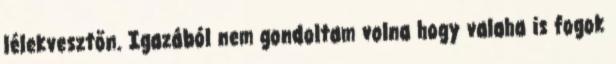
lélekvesztőn. Igazából nem gondoltam volna hogy valaha is fogok